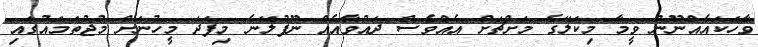
ވާހަކައެއްނޫން ވީމާ މިކަލޭގެ މަށްޗަށް އެއްވެސް ދައުވާއެއް ނޫފުލޭނެ މިފަދަ މީހުނަށް މުޖުތަމައުގައި